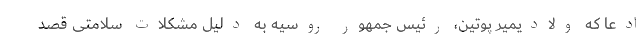
ادعا که ولادیمیر پوتین، رئیس جمهور روسیه به دلیل مشکلات سلامتی قصد